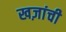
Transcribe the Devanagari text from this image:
खज़ांची